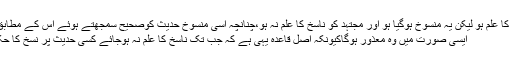
پانچواں سبب:نص شرعی کا علم ہو لیکن یہ منسوخ ہوگیا ہو اور مجتہد کو ناسخ کا علم نہ ہو،چنانچہ اسی منسوخ حدیث کوصحیح سمجھتے ہوئے اس کے مطابق معنی و مفہوم مراد لے:
ایسی صورت میں وہ معذور ہوگاکیونکہ اصل قاعدہ یہی ہے کہ جب تک ناسخ کا علم نہ ہوجائے کسی حدیث پر نسخ کا حکم نہیں لگا یا جاسکتا ہے۔